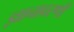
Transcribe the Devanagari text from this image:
ज्ञानावरणी